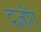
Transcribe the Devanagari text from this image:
दज़ोंग